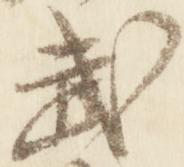
武